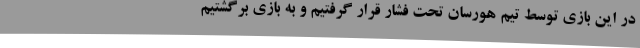
در این بازی توسط تیم هورسان تحت فشار قرار گرفتیم و به بازی برگشتیم